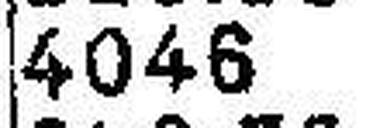
4046